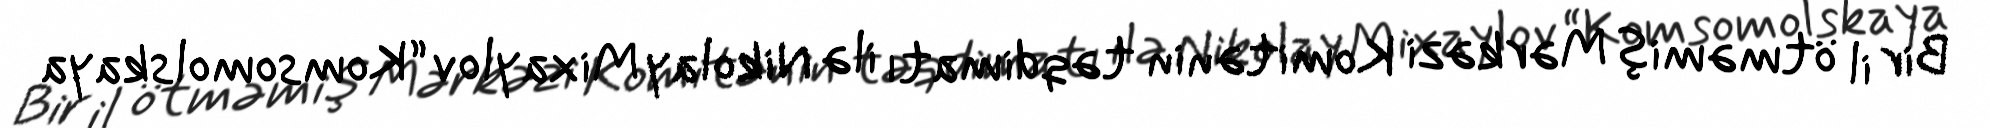
Bir il ötməmiş Mərkəzi Komitənin təqdimatı ilə Nikolay Mixaylov “Komsomolskaya